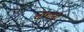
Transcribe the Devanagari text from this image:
दोघानी